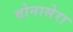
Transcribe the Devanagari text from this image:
बोनासेरा